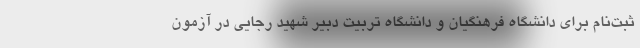
ثبت‌نام برای دانشگاه فرهنگیان و دانشگاه تربیت دبیر شهید رجایی در آزمون